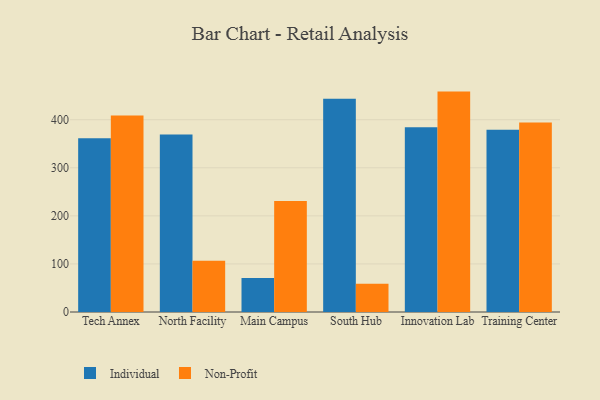
{"axis": {"x": "Campus", "y": "Customer Acquisition Cost (USD)"}, "legend": ["Individual", "Non-Profit"], "data": [{"x": "Tech Annex", "y": 361.7, "type": "Individual"}, {"x": "Tech Annex", "y": 408.7, "type": "Non-Profit"}, {"x": "North Facility", "y": 369.3, "type": "Individual"}, {"x": "North Facility", "y": 106.6, "type": "Non-Profit"}, {"x": "Main Campus", "y": 70.5, "type": "Individual"}, {"x": "Main Campus", "y": 230.8, "type": "Non-Profit"}, {"x": "South Hub", "y": 443.7, "type": "Individual"}, {"x": "South Hub", "y": 58.6, "type": "Non-Profit"}, {"x": "Innovation Lab", "y": 384.4, "type": "Individual"}, {"x": "Innovation Lab", "y": 458.5, "type": "Non-Profit"}, {"x": "Training Center", "y": 379.2, "type": "Individual"}, {"x": "Training Center", "y": 394.1, "type": "Non-Profit"}]}